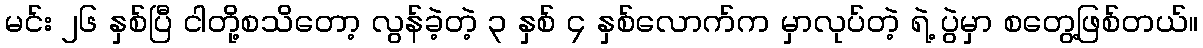
မင်း ၂၆ နှစ်ပြီ ငါတို့စသိတော့ လွန်ခဲ့တဲ့ ၃ နှစ် ၄ နှစ်လောက်က မှာလုပ်တဲ့ ရဲ့ ပွဲမှာ စတွေ့ဖြစ်တယ်။